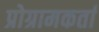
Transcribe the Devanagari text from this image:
प्रोग्रामकर्ता